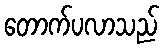
တောက်ပလာသည်